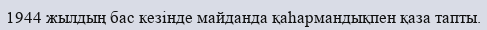
1944 жылдың бас кезінде майданда қаһармандықпен қаза тапты.